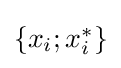
{\textstyle \{x_{i};x_{i}^{*}\}}